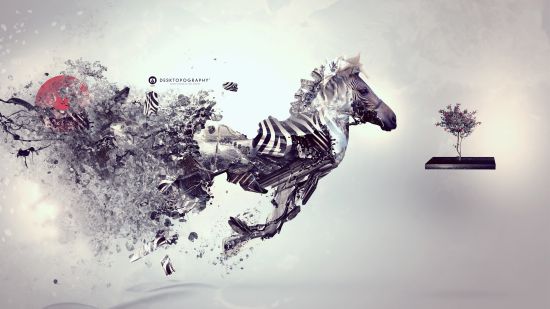
星稀河影转，霜重月华孤。